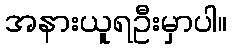
အနားယူရဦးမှာပါ။